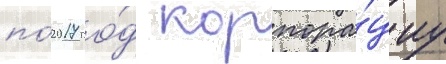
по́ 2017 го́д корпора́циу